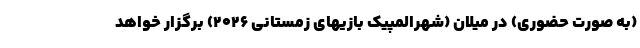
(به صورت حضوری) در میلان (شهرالمپیک بازیهای زمستانی 2026) برگزار خواهد